Code of medical and sanitary regulations for the guidance of medical officers serving in the Madras Presidency - Volume I
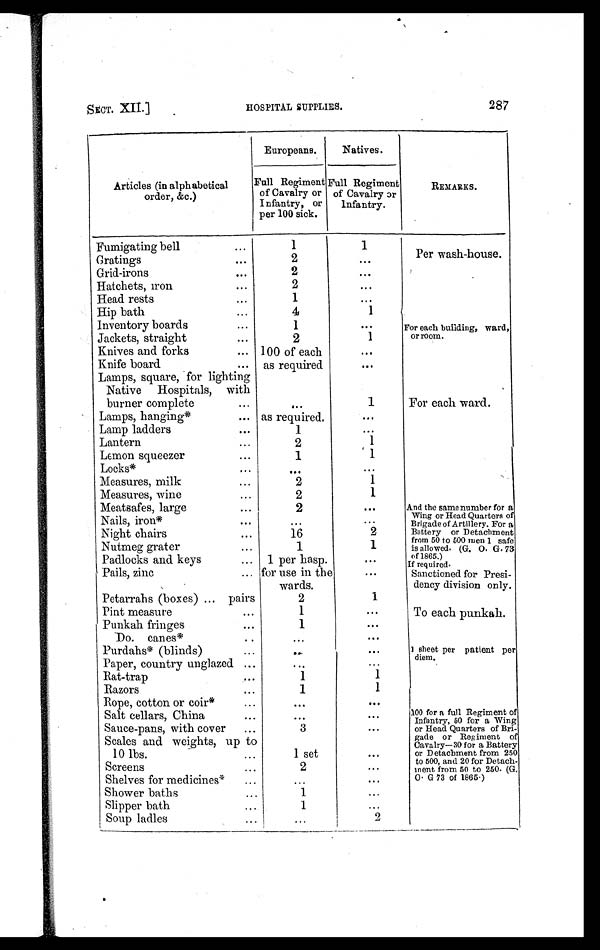
SECT. XII.]
HOSPITAL SUPPLIES.
287
Articles (in alphabetical
order, &c.)
Europeans.
Natives.
Full Regiment
of Cavalry or
Infantry, or
per 100 sick.
F u l l R e g i m e n t
of Cavalry or
Infantry.
REMARKS.
Fumigating bell
. . .
1
1
Per wash-house.
Gratings
. . .
2
. . .
Grid-irons
...
2
. . .
Hatchets, iron
. . .
2
. . .
Head rests
...
1
...
Hip bath
...
4
1
Inventory boards
. . .
1
. . .
For each building, ward,
or room.
Jackets, straight
. . .
2
1
Knives and forks
... 100 of each
. . .
Knife board
. . . as required
...
Lamps, square, for lighting
Native Hospitals, with
'
burner complete
. . .
...
1
For each ward.
Lamps, hanging*
... as required.
...
Lamp ladders
. . .
1
. . .
Lantern
...
2
1
Lemon squeezer
. . .
1
1
Locks*
. . .
. . .
. . .
Measures, milk
...
2
1
Measures, wine
...
2
1
Meatsafes, large
. . .
2
. . .
And the same number for a
Wing or Head Quarters of
Brigade of Artillery. For a
Battery or Detachment
from 50 to 500 men 1 safe
is allowed. (G. O. G. 73
of 1865.)
Nails, iron*
. . .
. . .
. . .
Night chairs
. . .
16
2
Nutmeg grater
...
1
1
Padlocks and keys
... 1 per hasp.
for use in the
wards.
. . .
If required.
Sanctioned for Presi-
dency division only.
Pails, zinc
...
. . .
Petarrahs (boxes) ... pairs
2
1
Pint measure
. . .
1
. . .
To each punkah.
Punkah fringes
. . .
1
. . .
Do. canes*
. .
...
. . .
Purdahs* (blinds)
...
...
. . .
1 s h e e t p e r p a t i e n t p e r
diem.
Paper, country unglazed ...
. . .
. . .
Rat-trap
. . .
1
1
Razors
...
1
1
Rope, cotton or coir*
...
. . .
. . .
Salt cellars, China
. . .
. . .
. . .
100 for a full Regiment of
Infantry, 50 for a Wing
or Head Quarters of Bri-
gade or Regiment of
Cavalry—30 for a Battery
or Detachment from 250
to 500, and 20 for Detach-
inent from 50 to 250. (G.
O. G 73 of 1865.)
Sauce-pans, with cover
...
3
. . .
Scales and weights, up to
10 lbs.
...
1 set
. . .
Screens
...
2
...
Shelves for medicines*
...
...
. . .
Shower baths
...
1
. . .
Slipper bath
...
1
...
Soup ladles
...
...
2